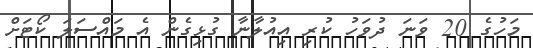
މަހުގެ 20 ވަނަ ދުވަހު ކުރި އިއުލާނާ ގުޅިގެން އެ މައްސަލަ ކޯޓަށް